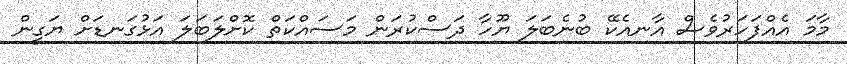
މާމަ އެއްފަހަރުވެސް އާނއެކޭ ބުނެބަލަ ޔޫހާ ދަސްކުރަން މަސައްކަތް ކޮށްލަބަލަ އަޅުގަނޑަށް ޔަގީން